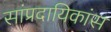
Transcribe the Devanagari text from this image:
सांप्रदायिकांस